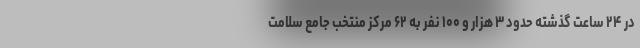
در ۲۴ ساعت گذشته حدود ۳ هزار و ۱۰۰ نفر به ۶۲ مرکز منتخب جامع سلامت